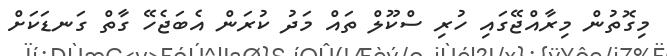
މިގޮތުން މިރާއްޖޭގަައި ހުރި ސްކޫލް ތައް މަދު ކުރަން އެބަޖެހޭ ގާތް ގަނޑަކަށް